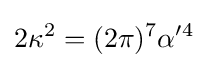
2\kappa ^{2}=(2\pi )^{7}\alpha '^{4}